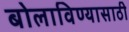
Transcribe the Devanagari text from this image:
बोलाविण्यासाठी